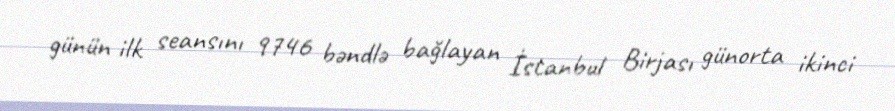
günün ilk seansını 9746 bəndlə bağlayan İstanbul Birjası günorta ikinci